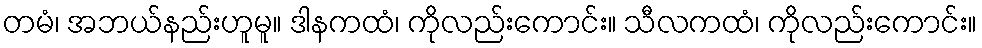
တမံ၊ အဘယ်နည်းဟူမူ။ ဒါနကထံ၊ ကိုလည်းကောင်း။ သီလကထံ၊ ကိုလည်းကောင်း။